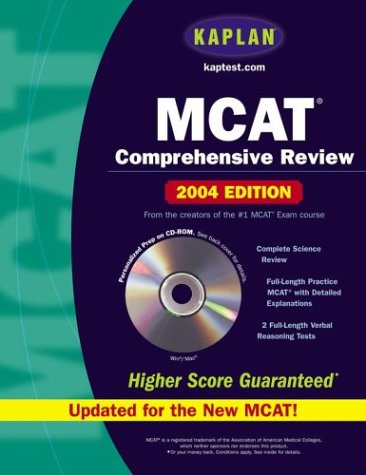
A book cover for Kaplan MCAT Comprehensive Review with CD-ROM, 7th Edition: 2004 Edition (Kaplan Mcat Premier Program); Kaplan; Test Preparation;